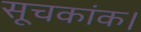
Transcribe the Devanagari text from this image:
सूचकांक।